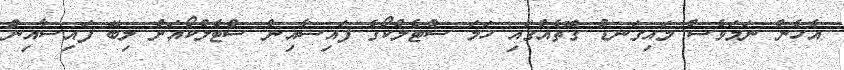
އެހެން ނަމަވެސް މައިގަނޑު ގޮތެއްގައި ހަމަ ސްޓެލްކޯގެ ފައިސާއިން ސްޓެލްކޯއަށް ލިބޭ ފައިސާއިން